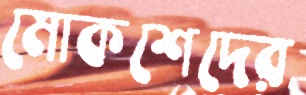
মোকশেদের